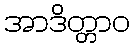
အာဒိတ္တာဝ